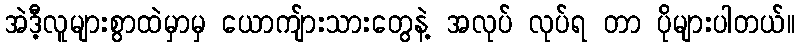
အဲဒီ့လူများစွာထဲမှာမှ ယောကျ်ားသားတွေနဲ့ အလုပ် လုပ်ရ တာ ပိုများပါတယ်။